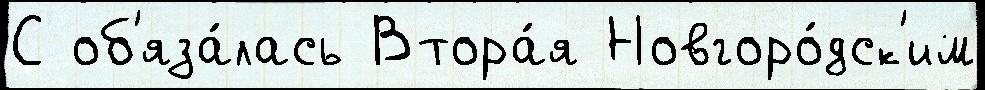
С об'яза́лась Втора́я Новгоро́дск'им